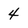
Character: 4